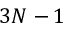
3 N - 1